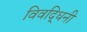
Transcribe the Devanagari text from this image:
विवद्धिनी